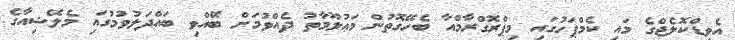
އެވިޑްކޮލެޖްގެ މައި ކެމްޕަހުގައި މިޕްރޮގްރާމްއާ ބެހޭގޮތުން މަޢުލޫމާތު ދެއްވުމަށް ބޭއްވި ބައްދަލުވުމުގައި މެލޭޝިއާގެ